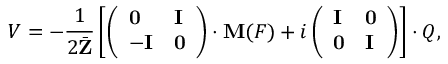
V = - { \frac { 1 } { 2 \bar { \bf Z } } } \left[ \left( \begin{array} { l l } { { { \bf 0 } } } & { { { \bf I } } } \\ { { - { \bf I } } } & { { { \bf 0 } } } \end{array} \right) \cdot { \bf M } ( { \cal F } ) + i \left( \begin{array} { l l } { { { \bf I } } } & { { { \bf 0 } } } \\ { { { \bf 0 } } } & { { { \bf I } } } \end{array} \right) \right] \cdot { \cal Q } ,